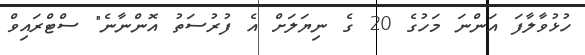
ހުޅުވާލާފަ އަންނަ މަހުގެ 20 ގެ ނިިޔަލަށް އެ ފުރުސަތު އޮންނާނެ" ސްޓްރައިވް